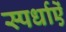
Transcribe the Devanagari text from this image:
स्पर्धाऐं